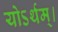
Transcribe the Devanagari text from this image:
योऽर्थम्।